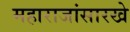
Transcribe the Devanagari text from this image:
महाराजांसारखे